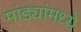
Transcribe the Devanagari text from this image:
मांड्यांमध्ये